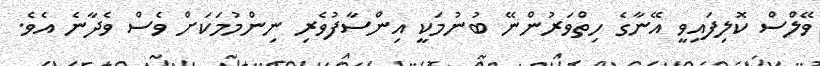
ވޭލްސް ކޮލިފައިވީ އޭނާގެ ހިތްވަރުންނޭ ބުނުމަކީ އިންސާފުވެރި ނިންމުމަކަށް ވެސް ވެދާނެ އެވެ.